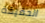
الحقيقة